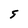
Character: 5